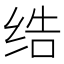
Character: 𱺞